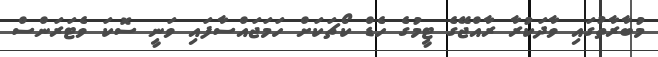
މުބާރާތުގައި ވާދަކުރާ ރާއްޖޭގެ ޓީމުގެ ހެޑް ކޯޗަކަށް ހަމަޖައްސާފައި ވަނީ ސޮކަ ވެޓަރަންސް